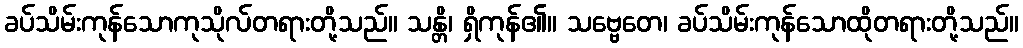
ခပ်သိမ်းကုန်သောကုသိုလ်တရားတို့သည်။ သန္တိ၊ ရှိကုန်၏။ သဗ္ဗေတေ၊ ခပ်သိမ်းကုန်သောထိုတရားတို့သည်။